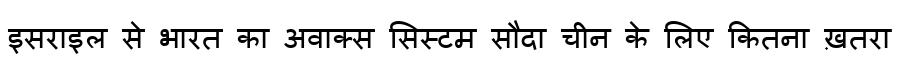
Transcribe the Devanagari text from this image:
इसराइल से भारत का अवाक्स सिस्टम सौदा चीन के लिए कितना ख़तरा